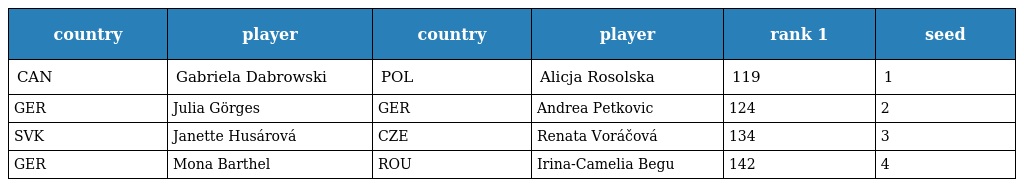
| country | player | country | player | rank 1 | seed |
 | --- | --- | --- | --- | --- | --- |
 | CAN | Gabriela Dabrowski | POL | Alicja Rosolska | 119 | 1 |
 | GER | Julia Görges | GER | Andrea Petkovic | 124 | 2 |
 | SVK | Janette Husárová | CZE | Renata Voráčová | 134 | 3 |
 | GER | Mona Barthel | ROU | Irina-Camelia Begu | 142 | 4 |